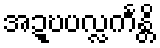
အဍ္ဎပလ္လင်္ကန္တိ